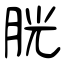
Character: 胱